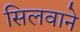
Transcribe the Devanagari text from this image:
सिलवाने